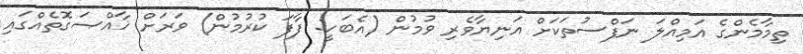
ތިމާމެންގެ އަމިއްލަ ނަފްސުތަކަށް އަނިޔާވެރި ވުމުން (އެބަހީ: ފާފަ ކުރުމުން) ވަރަށް ޚާއްޞަގޮތެއްގައި